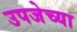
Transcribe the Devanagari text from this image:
उपजेच्या